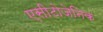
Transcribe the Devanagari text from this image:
एसीटोजेनिक